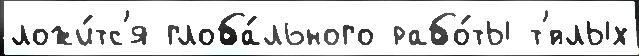
ложи́тс'я глоба́льного рабо́ты т'́плых